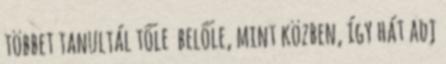
többet tanultál tőle belőle, mint közben, így hát adj